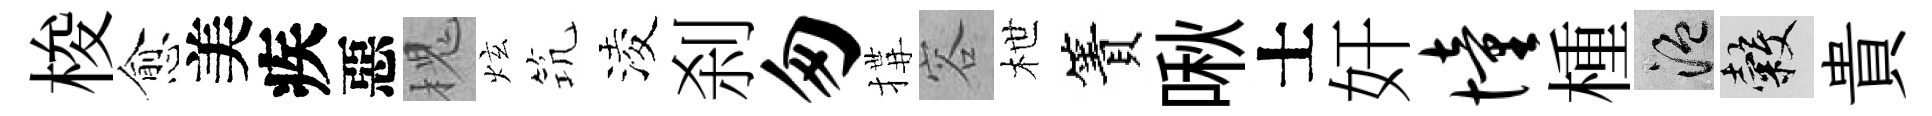
梭愈美疾惡槐炫𥬑淩刹匆搆容枻簀啾士奸憧㮔温穀貴